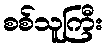
စစ်သူကြီး